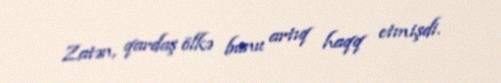
Zatən, qardaş ölkə bunu artıq haqq etmişdi.